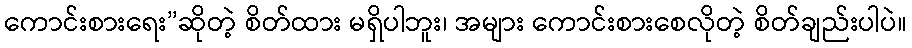
ကောင်းစားရေး”ဆိုတဲ့ စိတ်ထား မရှိပါဘူး၊ အများ ကောင်းစားစေလိုတဲ့ စိတ်ချည်းပါပဲ။